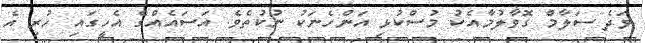
ވަދެ ސަލާމް ގޮވާލުމާއެކު މުސްކުޅި އަންހެނަކު ނުކުތެވެ. އަސައެއްގެ އެހީގައި ހުރި އެ